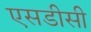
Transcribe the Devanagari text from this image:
एसडीसी